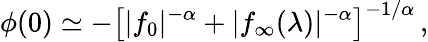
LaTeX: \phi(0)\simeq-\left[|f_{0}|^{-\alpha}+|f_{\infty}(\lambda)|^{-\alpha}\right]^{-1/\alpha}\, ,